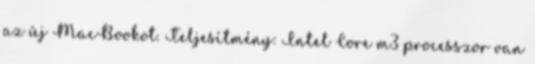
az új MacBookot. Teljesítmény: Intel Core m3 processzor van